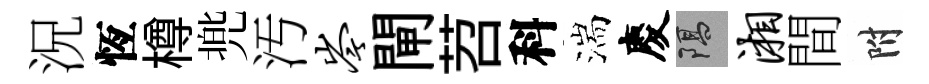
況恆樽兠汚岑閘苕科湍慶隔湘間附